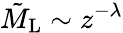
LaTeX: \tilde{M}_{\mathrm{L}}\sim z^{-\lambda}